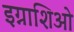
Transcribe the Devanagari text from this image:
इग्नाशिओ